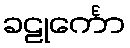
ခဠုင်္ကော